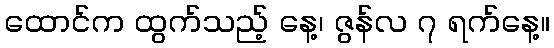
ထောင်က ထွက်သည့် နေ့၊ ဇွန်လ ၇ ရက်နေ့။